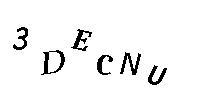
3DECNU